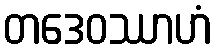
တဒေဝဿာဟံ